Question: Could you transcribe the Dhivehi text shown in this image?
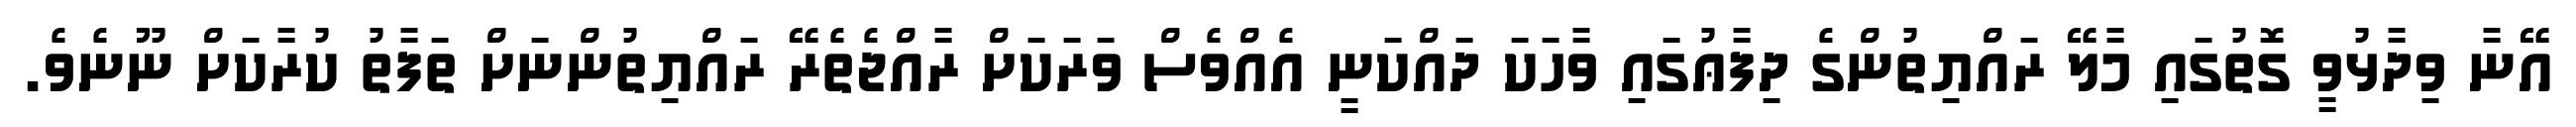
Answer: އޭނާ ވިދާޅުވީ ގޮތުގައި މާލޭ ރައްޔިތުންގެ ދިފާޢުގައި ވާހަކަ ދައްކަނީ އެއްވެސް ވަރަކަށް ރާއްޖެތެރޭ ރައްޔިތުންނަށް ތަފާތު ކުރާކަށް ނޫނެވެ.